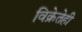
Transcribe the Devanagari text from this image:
विक्रेतेही